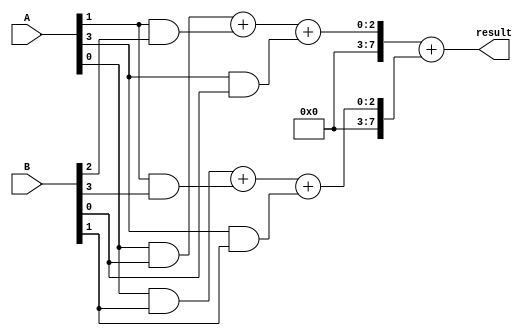
module wallace_tree_multiplier(
    input wire [3:0] A,
    input wire [3:0] B,
    output wire [7:0] result
);

wire [7:0] pp [3:0][3:0];
wire [7:0] pp_reduced [3:0];

// Partial product generation stage
genvar i, j;

generate
for(i = 0; i < 4; i = i + 1) begin
    for(j = 0; j < 4; j = j + 1) begin
        assign pp[i][j] = A[i] & B[j];
    end
end
endgenerate

// Partial product reduction stage
genvar k;
wire [7:0] temp [7:0];

generate
for(k = 0; k < 8; k = k + 1) begin
    assign temp[k] = pp[k/2][k%2] + pp[(k/2) + 1][(k%2) + 2] + pp[(k/2) + 2][(k%2) + 4];
end
endgenerate

// Final product accumulation stage
assign pp_reduced[0] = temp[0] + temp[1];
assign pp_reduced[1] = temp[2] + temp[3];
assign pp_reduced[2] = temp[4] + temp[5];
assign pp_reduced[3] = temp[6] + temp[7];

assign result = {pp_reduced[3], pp_reduced[2], pp_reduced[1], pp_reduced[0]};

endmodule